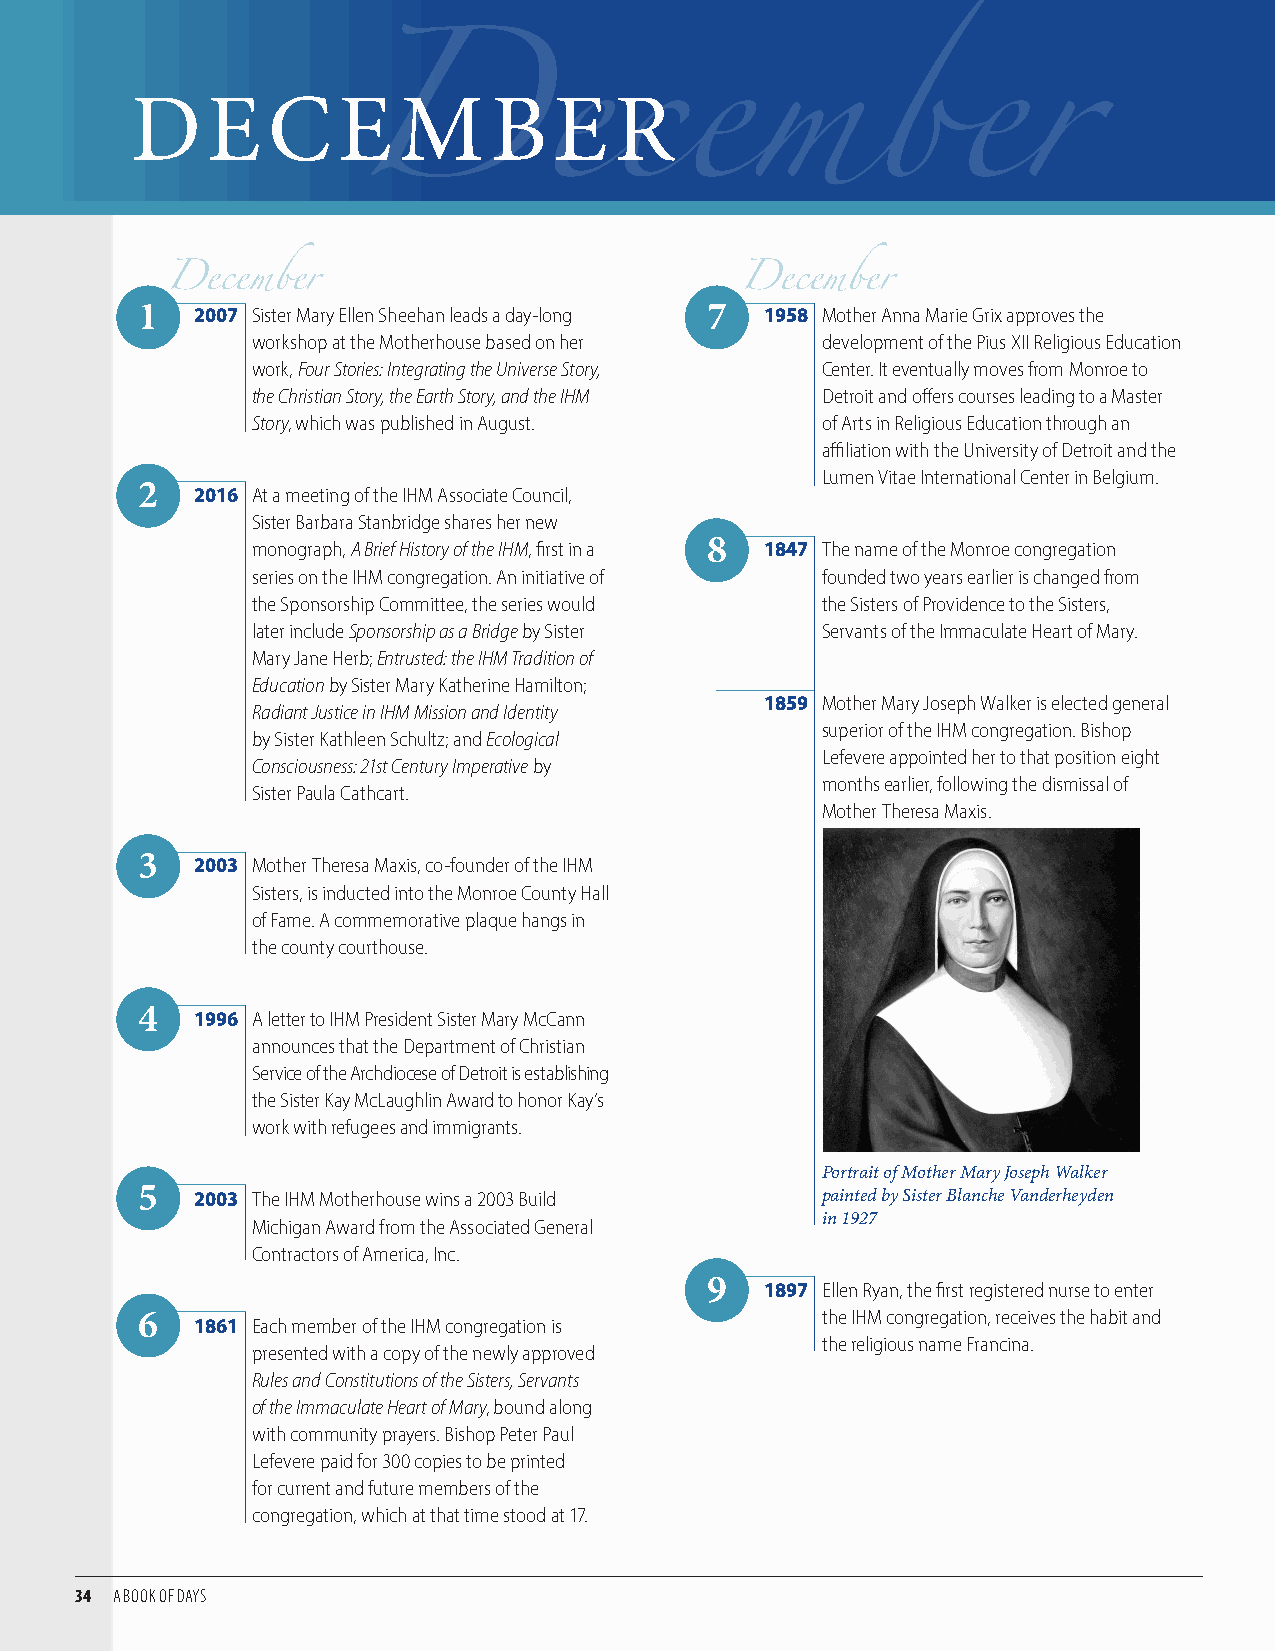
DE       C   E   M      B   E   R
 1   2007 Sister Mary Ellen Sheehan leads a day-long 7 1958 Mother Anna Marie Grix approves the
 workshop at the Motherhouse based on her development of the Pius XII Religious Education
 December                              December
 work, Four Stories: Integrating the Universe Story, Center. It eventually moves from Monroe to
 the Christian Story, the Earth Story, and the IHM Detroit and offers courses leading to a Master
 Story, which was published in August. of Arts in Religious Education through an
 affiliation with the University of Detroit and the
 December
 Lumen Vitae International Center in Belgium.
 2   2016 At a meeting of the IHM Associate Council,
 Sister Barbara Stanbridge shares her new
 monograph, A Brief History of the IHM, first in a 8 1847 The name of the Monroe congregation
 series on the IHM congregation. An initiative of founded two years earlier is changed from
 the Sponsorship Committee, the series would the Sisters of Providence to the Sisters,
 later include Sponsorship as a Bridge by Sister Servants of the Immaculate Heart of Mary.
 Mary Jane Herb; Entrusted: the IHM Tradition of
 Education by Sister Mary Katherine Hamilton;
 1859 Mother Mary Joseph Walker is elected general
 Radiant Justice in IHM Mission and Identity
 superior of the IHM congregation. Bishop
 by Sister Kathleen Schultz; and Ecological
 Lefevere appointed her to that position eight
 Consciousness: 21st Century Imperative by
 months earlier, following the dismissal of
 Sister Paula Cathcart.
 Mother Theresa Maxis.
 3   2003 Mother Theresa Maxis, co-founder of the IHM
 Sisters, is inducted into the Monroe County Hall
 of Fame. A commemorative plaque hangs in
 the county courthouse.
 4   1996 A letter to IHM President Sister Mary McCann
 announces that the Department of Christian
 Service of the Archdiocese of Detroit is establishing
 the Sister Kay McLaughlin Award to honor Kay’s
 work with refugees and immigrants.
 Portrait of Mother Mary Joseph Walker
 5   2003 The IHM Motherhouse wins a 2003 Build painted by Sister Blanche Vanderheyden
 Michigan Award from the Associated General in 1927
 Contractors of America, Inc.
 9   1897 Ellen Ryan, the first registered nurse to enter
 6   1861 Each member of the IHM congregation is the IHM congregation, receives the habit and
 the religious name Francina.
 presented with a copy of the newly approved
 Rules and Constitutions of the Sisters, Servants
 of the Immaculate Heart of Mary, bound along
 with community prayers. Bishop Peter Paul
 Lefevere paid for 300 copies to be printed
 for current and future members of the
 congregation, which at that time stood at 17.
 34 A BOOK OF DAYS